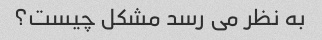
به نظر می رسد مشکل چیست؟